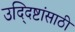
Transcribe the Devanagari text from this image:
उद्‍दिष्टांसाठी